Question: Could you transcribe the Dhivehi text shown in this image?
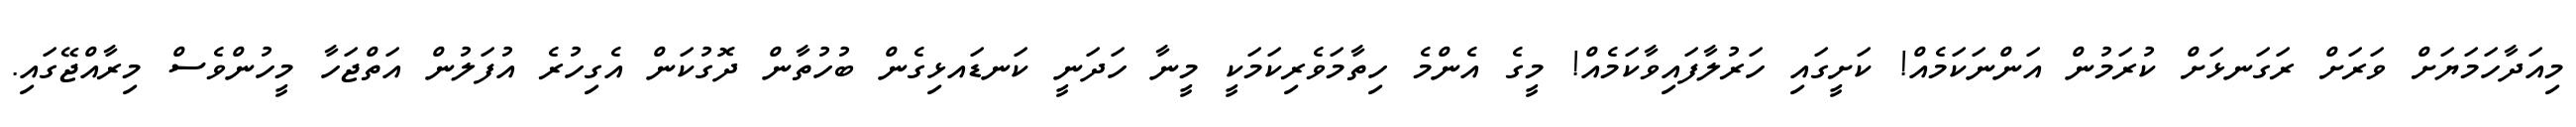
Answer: މިއަދާހަމަޔަށް ވަރަށް ރަގަނޅަށް ކުރަމުން އަންނަކަމެއް! ކަށީގައި ހަރުލާފައިވާކަމެއް! މީގެ އެންމެ ހިތާމަވެރިކަމަކީ މީނާ ހަދަނީ ކަނޑައޅިގެން ބުހުތާން ދޮގުކަން އެގިހުރެ އުފަލުން އަތްޖަހާ މީހުންވެސް މިރާއްޖޭގައި.